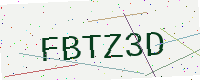
Text: FBTZ3D